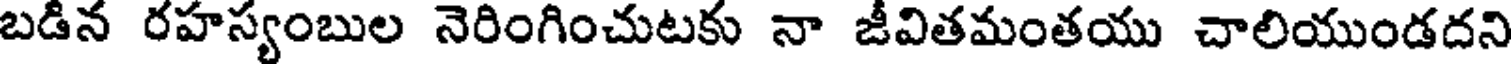
బడిన రహస్యంబుల నెరింగించుటకు నా జీవితమంతయు చాలియుండదని